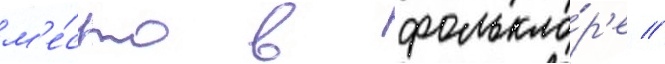
м'е́сто в фолькло́р'е //